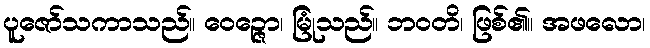
ပူဇော်သကာသည်။ ဝေဉ္ဇော၊ မြုံသည်။ ဘဝတိ၊ ဖြစ်၏။ အဖလော၊